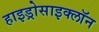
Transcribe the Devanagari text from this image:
हाइड्रोसाइक्लॉन